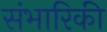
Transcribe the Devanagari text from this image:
संभारिकी